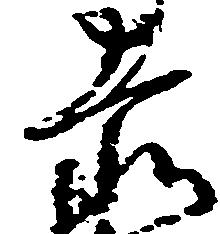
赤